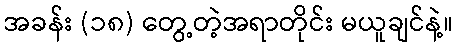
အခန်း (၁၈) တွေ့တဲ့အရာတိုင်း မယူချင်နဲ့။